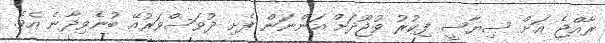
ރާއްޖެ އަށް ސިޔާސީ ފިކުރު ވުޖޫދަށް އަންނަން ފެށި ދުވަސްވަރުއޭ ބުނެވިދާނެ އެވެ.